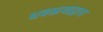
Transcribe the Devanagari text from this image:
धवळ्याद्वारा